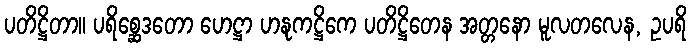
ပတိဋ္ဌိတာ။ ပရိစ္ဆေဒတော ဟေဋ္ဌာ ဟနုကဋ္ဌိကေ ပတိဋ္ဌိတေန အတ္တနော မူလတလေန, ဥပရိ